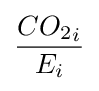
{\frac {{CO_{2}}_{i}}{E_{i}}}